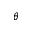
\theta